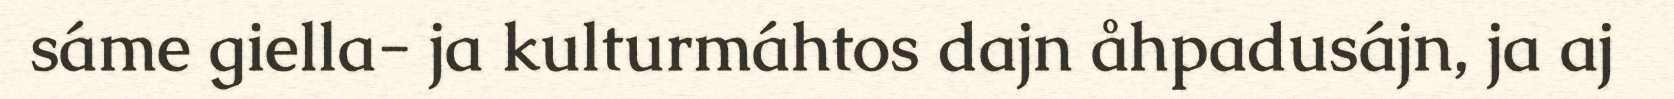
sáme giella- ja kulturmáhtos dajn åhpadusájn, ja aj